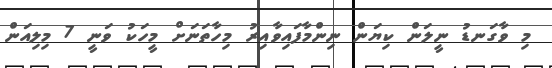
މި ވާގަނޑު ނީލަން ކިޔަން ނިންމާފައިވާއިރު މިހާތަނަށް މީހަކު ވަނީ 7 މިލިއަން